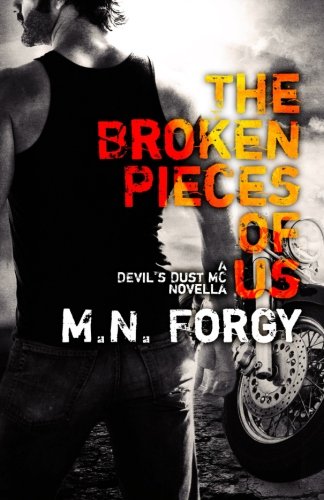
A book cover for The Broken Pieces Of Us: A Devil's Dust Novella (The Devil's Dust); M. N. Forgy; Romance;